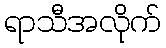
ရာသီအလိုက်